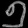
Digit: ၅